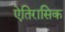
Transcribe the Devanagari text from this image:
ऐतिरासिक